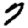
Digit: 7